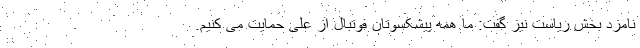
نامزد بخش ریاست نیز گفت: ما همه پیشکسوتان فوتبال از علی حمایت می کنیم.